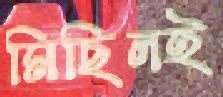
মিছিলই